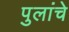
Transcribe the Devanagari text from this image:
पुलांचे